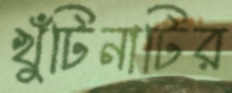
খুঁটিনাটির